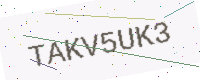
Text: TAKV5UK3